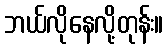
ဘယ်လိုနေလို့တုန်း။